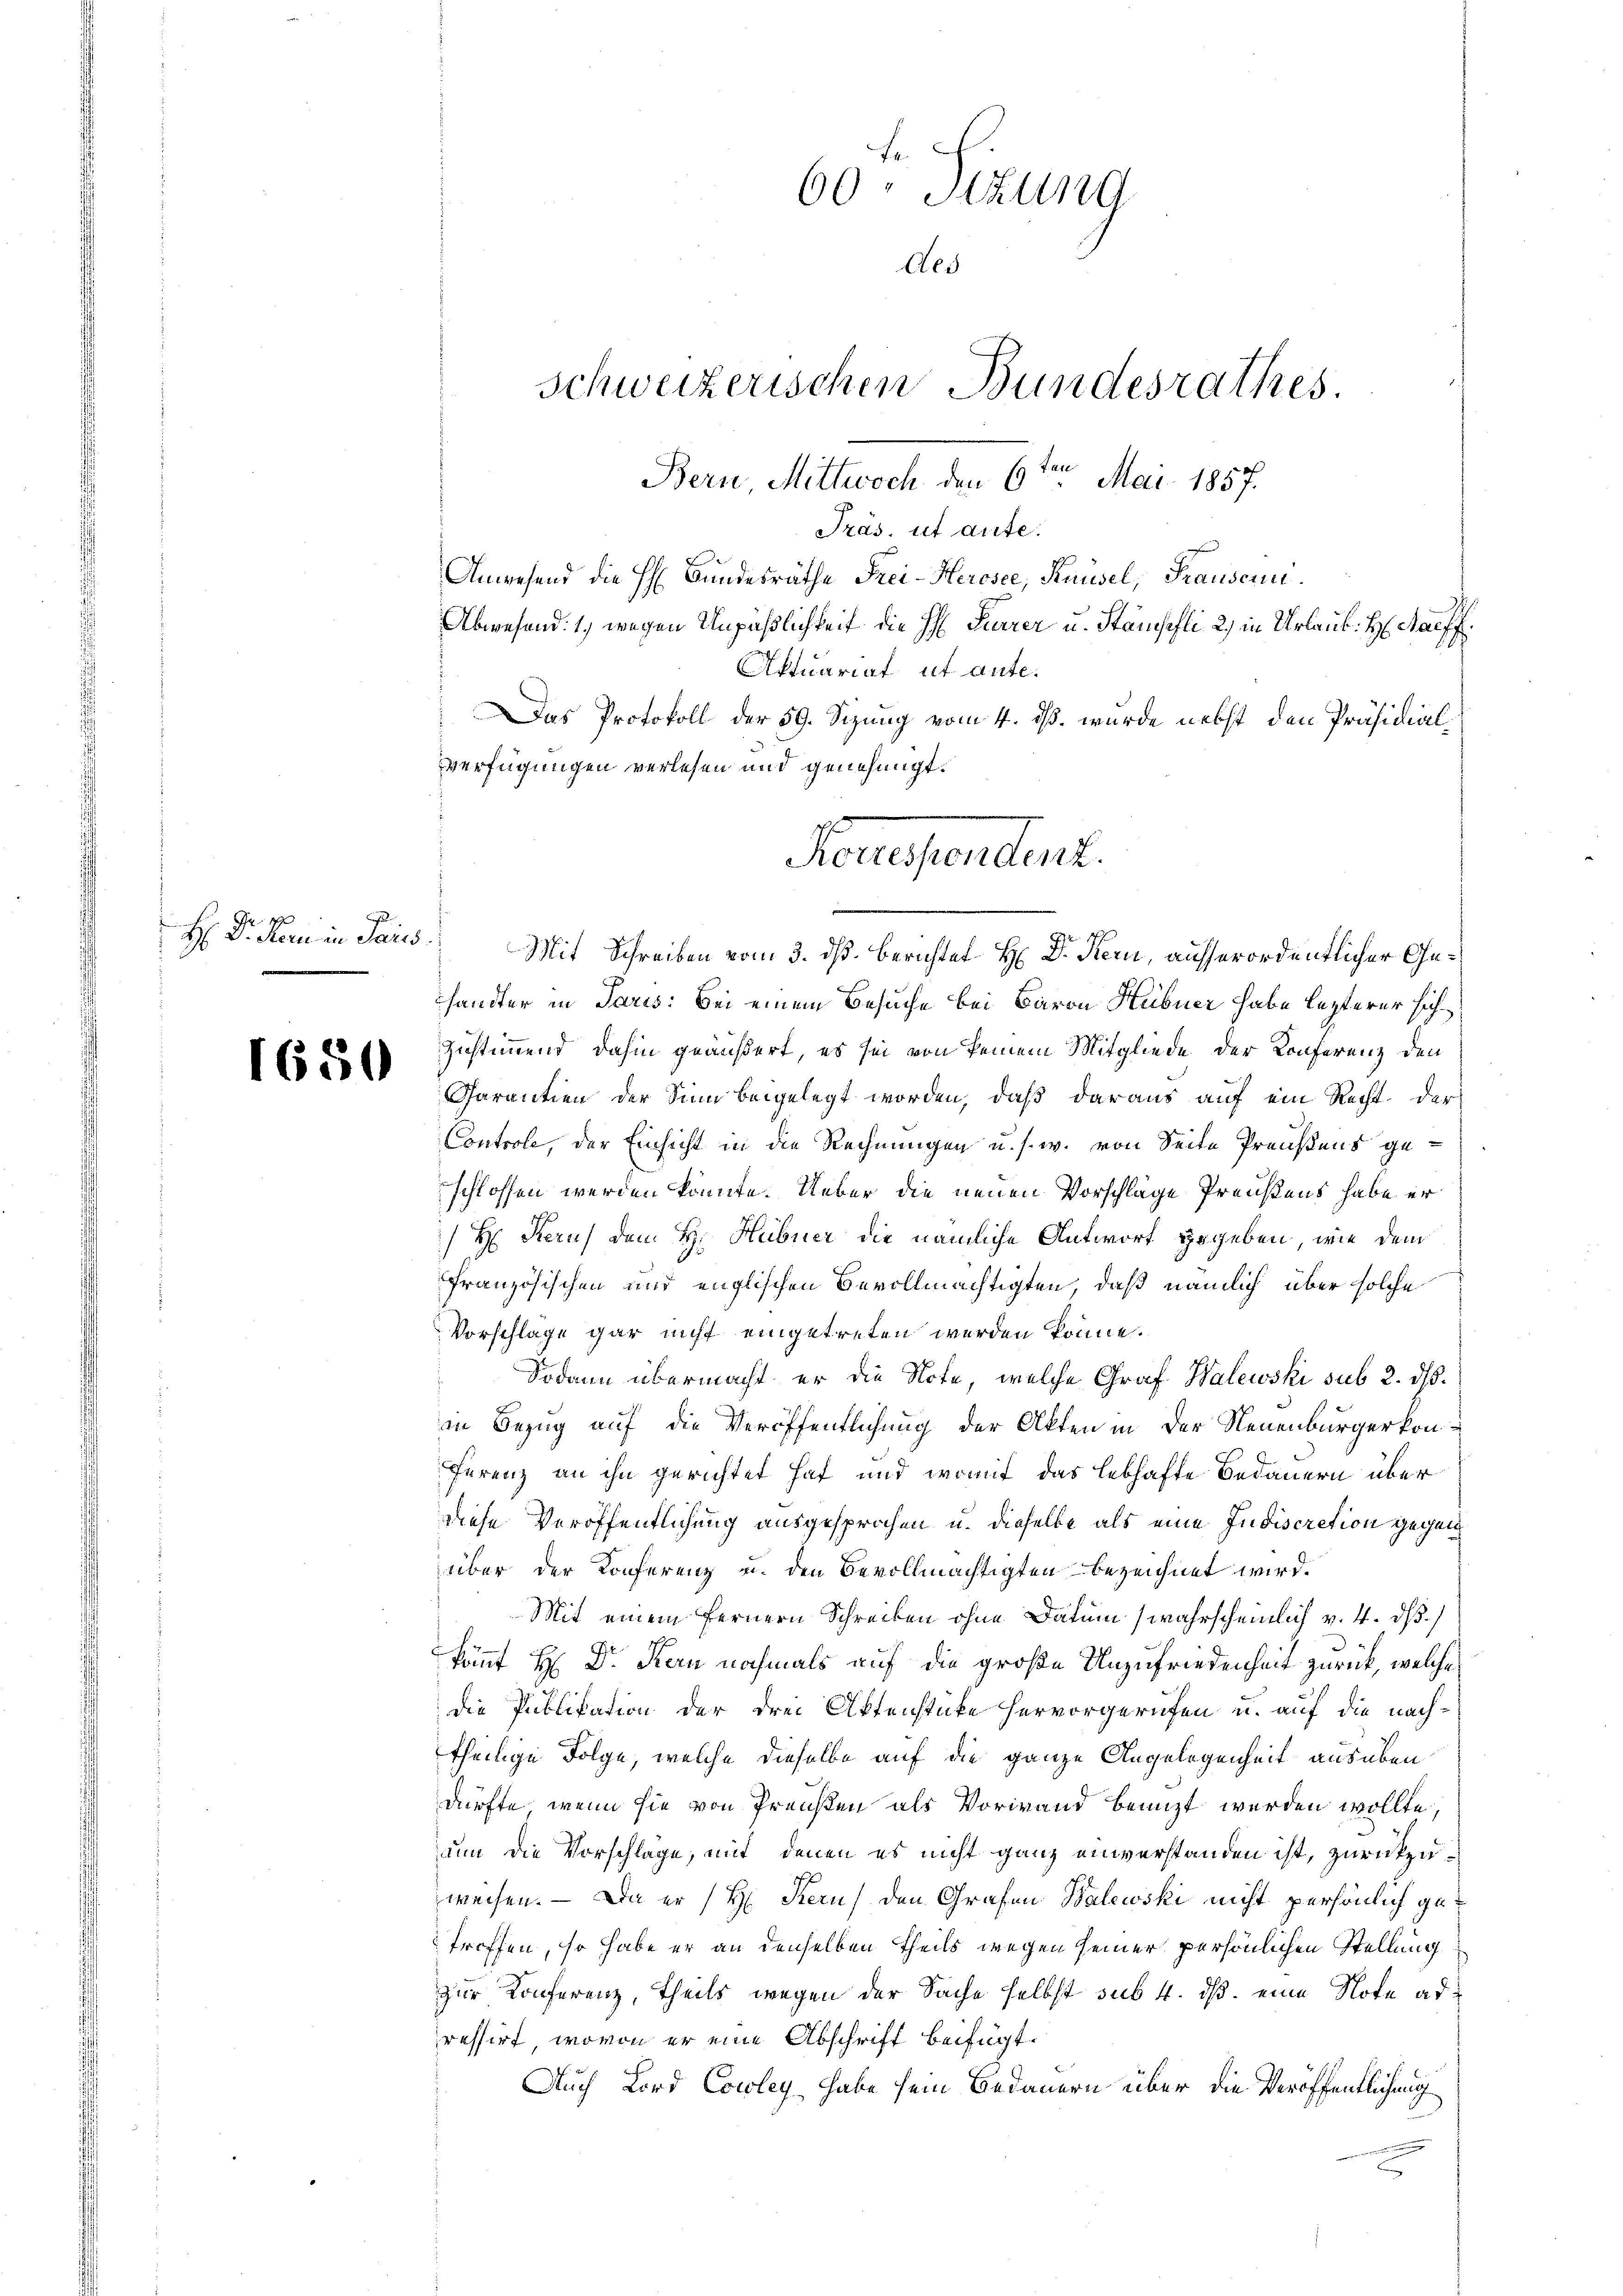
4
H: Dr. Stern in Paris

1650

60 Stzung
Aes
schweizerischen Bundesrathes.
Bern Mittwoch den 6ten Mai 1857.
Präs. ut aute.
Anwesend die H: Bundesräthe Frei- Herosee, Knüsel, Trauserni
Abwesend: 1) wegen Unpäßlichkeit die H. Furrer u. Stämspfli 2) in Urlaub. H. Haff

Aktuariat ut ante.
Das Protokoll der 59. Sizung vom 4. ds. wurde nebst den Präsidialvverfügungen verlesen und genehmigt.
72. 187
Mit Schreiben vom 3. dß. Berichtet H: Dr. Nein, ausserordentlicher Gehander in Paris: Bei einem Besuche bei Baron Hübner habe lezterer sich
Zustimmend dahin geäußert, es sei von keinem Mitgliede der Konferenz den
Garantien der Sinn beigelegt worden, daß daraus auf ein Recht der
Controle, der Einsicht in die Rechnungen u. s. w. von Seite Preußens geschlossen werden könnte. Ueber die neuen Vorschläge Preußens habe er
 H: Rerus dem H. Hübner die nämliche Antwort gegeben, wie dem
Französischen und englischen Bevollmächtigten, daß nämlich über solche
Vorschlage gar nicht eingetreten werden könne.
Sodann übermacht, er die Note, welche Graf Walewski sub 2. ds.
in Bezug auf die Veröffentlichung der Akten in der Neuenburgerkon¬
Ferenz an ihn gerichtet hat und womit das lebhafte Bedauern über
diese Veröffentlichung ausgesprochen u. dieselbe als eine Indiscretion gegen
über der Konferenz u. den Bevollmächtigten bezeichnet wird.
Mit einem fernern Schreiben ohne Datum (wahrscheinlich v. 4. dß.)
kom̅t H: Dr. Kern nochmals auf die große Unzufriedenheit zurück, welche
die Publikation der drei Aktenstücke hervorgerufen u. auf die nachtheilige Folge, welche dieselbe auf die ganze Angelegenheit ausüben
dürfte, wenn sie von Preußen als Vorwand benuzt werden wollte,
nun die Vorschläge, mit denen es nicht ganz einverstanden ist, zurückzuweisen. — Da er (H. Kern den Grafen Balewski nicht persönlich getroffen, so habe er an denselben Theils wegen seiner persönlichen Stellung
zur Konferenz, theils wegen der Sache selbst sub. 4. ds. eine Note ad
ressirt, wovon er eine Abschrift beifügt:
Auch Lord Cowley, habe sein Bedauern über die Veröffentlichung

Korefendent.